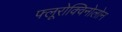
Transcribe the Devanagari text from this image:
फ्लूरोक्विनोलोन